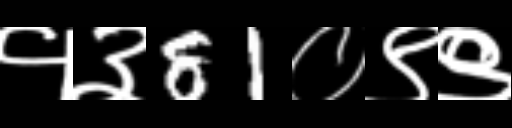
Text: १३81०९९